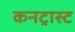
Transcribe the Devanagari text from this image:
कनट्रास्ट